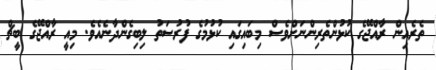
ތެރެއިން ރާއްޖޭގެ ކުޅުންތެރިންނަށްވެސް މިބައިގައި ކުޅުމުގެ ފުރުސަތު ލިބިގެންދާނެއެވެ. މިއީ ރާއްޖޭގެ ބީޗް